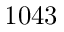
1 0 4 3